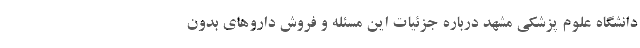
دانشگاه علوم پزشکی مشهد درباره جزئیات این مسئله و فروش داروهای بدون